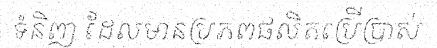
ទំនិញ ដែលមានប្រភពផលិតប្រើប្រាស់